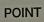
point